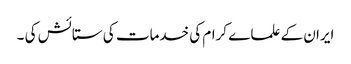
ایران کے علما ے کرام کی خدمات کی ستائش کی ۔